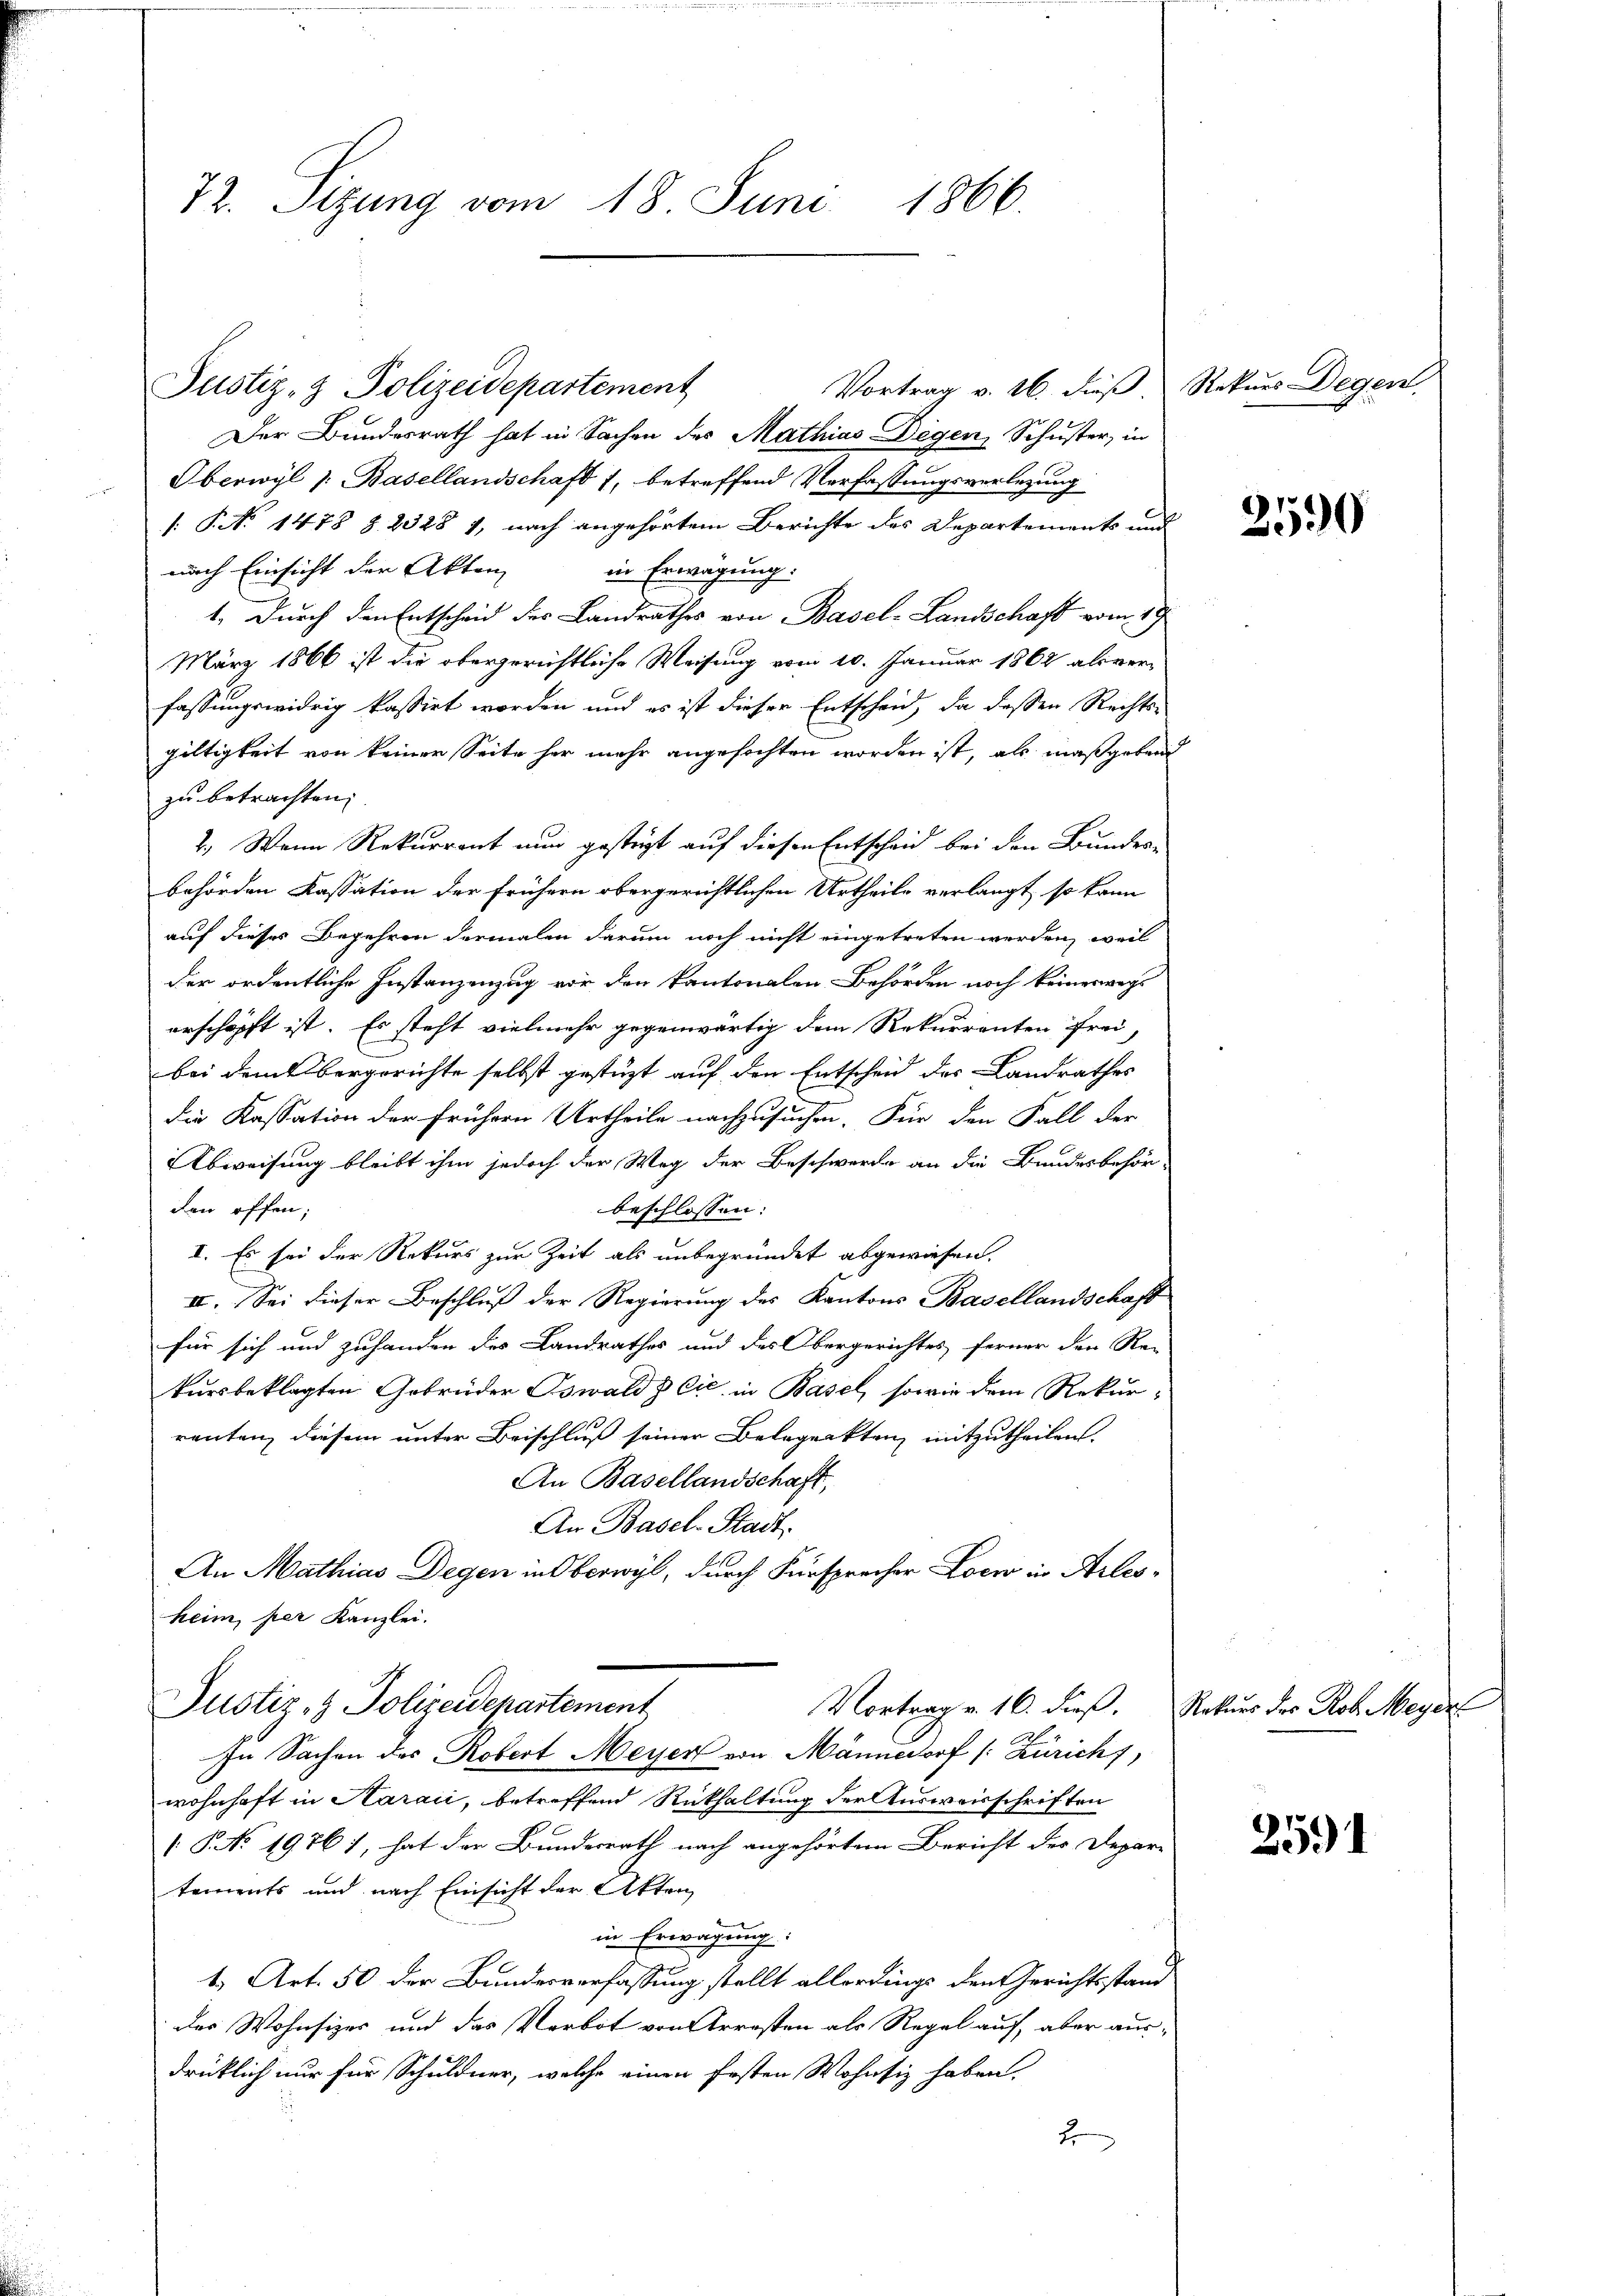
72. Sizung vom 18. Juni 1866.

Vortrag v. 16. dieß Rekurs Degen
Der Bundesrath hat in Sachen des Mathias Degen Schuster, in
Oberwyl /: Basellandschaft 1, betreffend Verfassungsverlegung
[§ No 1478 § 2328 1, nach angehörtem Berichte des Departements und
nach Einsicht der Akten
in Erwägung.
1.) Durch den Entscheid des Landrathes von Basel-Landschaft vom 19
März 1866 ist die obergerichtliche Weisung vom 10. Januar 1862 als ver-
fassungswidrig kassirt worden und es ist dieser Entscheid, da dessen Rechts-
gültigkeit von keiner Seite her mehr angefochten worden ist, als maßgebend
zu betrachten;
2.) Wenn Rekurrent nun gestigt auf diesen Entscheid bei den Bundes-
behörden Kassation der frühern obergerichtlichen Urtheile verlangt, so kann
auf dieses Begehren dermalen darum noch nicht eingetreten werden, weil
der ordentliche Instanzenzug vor den Kantonalen-Behörden noch keineswegs
erschöpft ist. Es steht vielmehr gegenwärtig dem Rekurrenten frei,
bei dem bergerichte selbst gestüzt auf den Entscheid des Landrathes
die Kassation der frühern Urtheile nachzusuchen. Für den Fall der
Abweisung bleibt ihm jedoch der Weg der Beschwerde an die Bundesbehör-
den offen;
beschlossen:
I. Es sei der Rekurs zur Zeit als unbegründet abgewiesen.
II. Sei dieser Beschluß der Regierung des Kantons Basellandschaft
für sich und zuhanden des Landrathes und des Obergerichtes ferner den Re-
kursbeklagten Gebrüder Oswalds Cie in Basel, sowie dem Rekurrenten, diesem unter Beischluß seiner Belegenkten mitzutheilen
An Basellandschaft,
An Basel-Stadt.
An Mathias Degen in Oberwyl, durch Fürsprecher Locr in Arlesheim, per Kanzlei.
Justiz- & Polizeidepartement
Vortrag v. 16. dieß. Rekurs des Rob. Meyer
In Sachen des Robert Meyer von Männedorf (: Zürich,
wohnhaft in Karaić, betreffend Rückhaltung der Ausweisschriften
 P. No 1976), hat der Bundesrath nach angehörten Bericht der Depare
tements und nach Einsicht der Akten
in Erwägung:
1.) Art. 50 der Bundesverfassung stellt allerdings den Gerichtsstand
der Wohnsizer und das Verbot von Arrosten als Regal auf, aber ausdrücklich nur für Schuldner, welche einen festen Wohnsiz haben.
t

Justiz- & Polizeidepartement

2590

2591